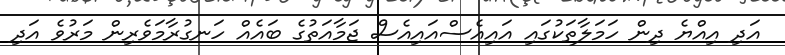
އަދި އިއްޔެ ދިން ހަމަލާތަކުގައި އައިއެސްއައިއެސް ޖަމާއަތުގެ ބައެއް ހަނގުރާމަވެރިން މަރުވެ އަދި